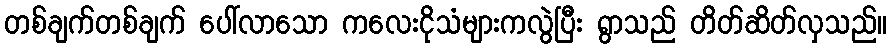
တစ်ချက်တစ်ချက် ပေါ်လာသော ကလေးငိုသံများကလွဲပြီး ရွာသည် တိတ်ဆိတ်လှသည်။